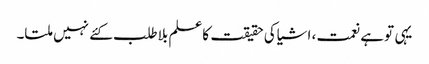
یہی توہے نعمت، اشیاکی حقیقت کاعلم بلاطلب کئے نہیں ملتا۔